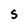
Character: 5